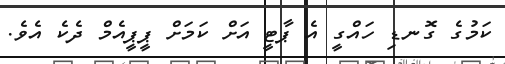
ކަމުގެ ގޮނޑި ހައްގީ އެ ޕާޓީ އަށް ކަމަށް ޕީޕީއެމް ދެކެ އެވެ.